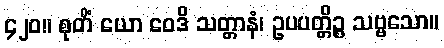
၄၂၀။ စုတိံ ယော ဝေဒိ သတ္တာနံ၊ ဥပပတ္တိဉ္စ သဗ္ဗသော။